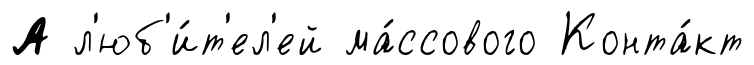
А л'юб'и́т'ел'ей ма́ссового Конта́кт